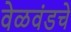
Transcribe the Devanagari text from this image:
वेळवंडचे